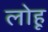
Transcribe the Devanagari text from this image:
लोहू